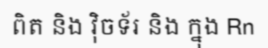
ពិត និង វ៉ិចទ័រ និង ក្នុង Rn